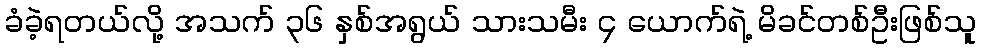
ခံခဲ့ရတယ်လို့ အသက် ၃၆ နှစ်အရွယ် သားသမီး ၄ ယောက်ရဲ့ မိခင်တစ်ဦးဖြစ်သူ